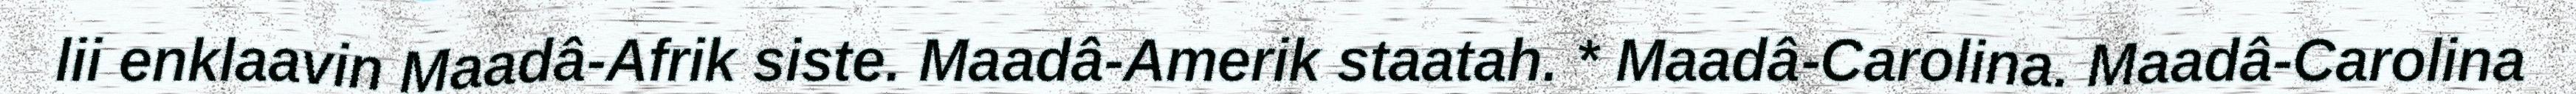
lii enklaavin Maadâ-Afrik siste. Maadâ-Amerik staatah. * Maadâ-Carolina. Maadâ-Carolina